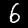
Digit: 6